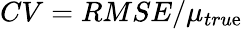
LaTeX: CV={RMSE}/{\mu_{tru\mathrm{e}}}